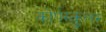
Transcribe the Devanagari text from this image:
कोर्पस्कुलर